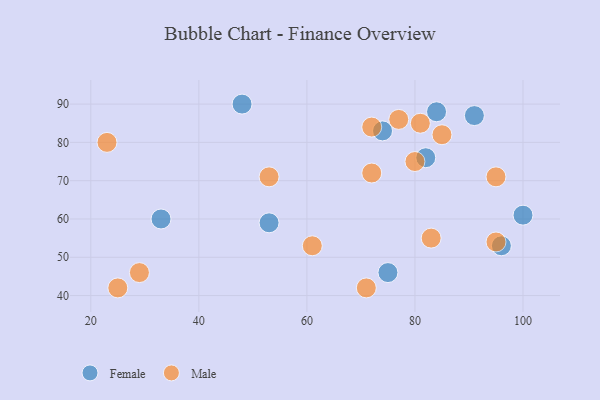
{"axis": {"x": "GDP", "y": "Life Expectancy"}, "legend": ["Female", "Male"], "data": [{"x": "84", "y": 88, "type": "Female"}, {"x": "33", "y": 60, "type": "Female"}, {"x": "53", "y": 59, "type": "Female"}, {"x": "96", "y": 53, "type": "Female"}, {"x": "100", "y": 61, "type": "Female"}, {"x": "82", "y": 76, "type": "Female"}, {"x": "75", "y": 46, "type": "Female"}, {"x": "48", "y": 90, "type": "Female"}, {"x": "74", "y": 83, "type": "Female"}, {"x": "91", "y": 87, "type": "Female"}, {"x": "72", "y": 72, "type": "Male"}, {"x": "72", "y": 84, "type": "Male"}, {"x": "53", "y": 71, "type": "Male"}, {"x": "71", "y": 42, "type": "Male"}, {"x": "23", "y": 80, "type": "Male"}, {"x": "83", "y": 55, "type": "Male"}, {"x": "95", "y": 54, "type": "Male"}, {"x": "81", "y": 85, "type": "Male"}, {"x": "25", "y": 42, "type": "Male"}, {"x": "95", "y": 71, "type": "Male"}, {"x": "85", "y": 82, "type": "Male"}, {"x": "77", "y": 86, "type": "Male"}, {"x": "61", "y": 53, "type": "Male"}, {"x": "29", "y": 46, "type": "Male"}, {"x": "80", "y": 75, "type": "Male"}]}